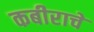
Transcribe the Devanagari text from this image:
कबीराचे